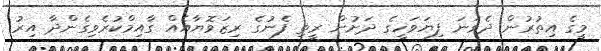
މީގެ އިތުރުން ދެވަނަ ފިޔަވަހީގެ ދަށުން ރީތި ފެނުގެ ރިޒަވޮޔާއެއް ގާއިމްކުރެވިގެންދާ އިރު